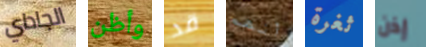
الجاداي وأظن قد أنهم ثغرة إذن